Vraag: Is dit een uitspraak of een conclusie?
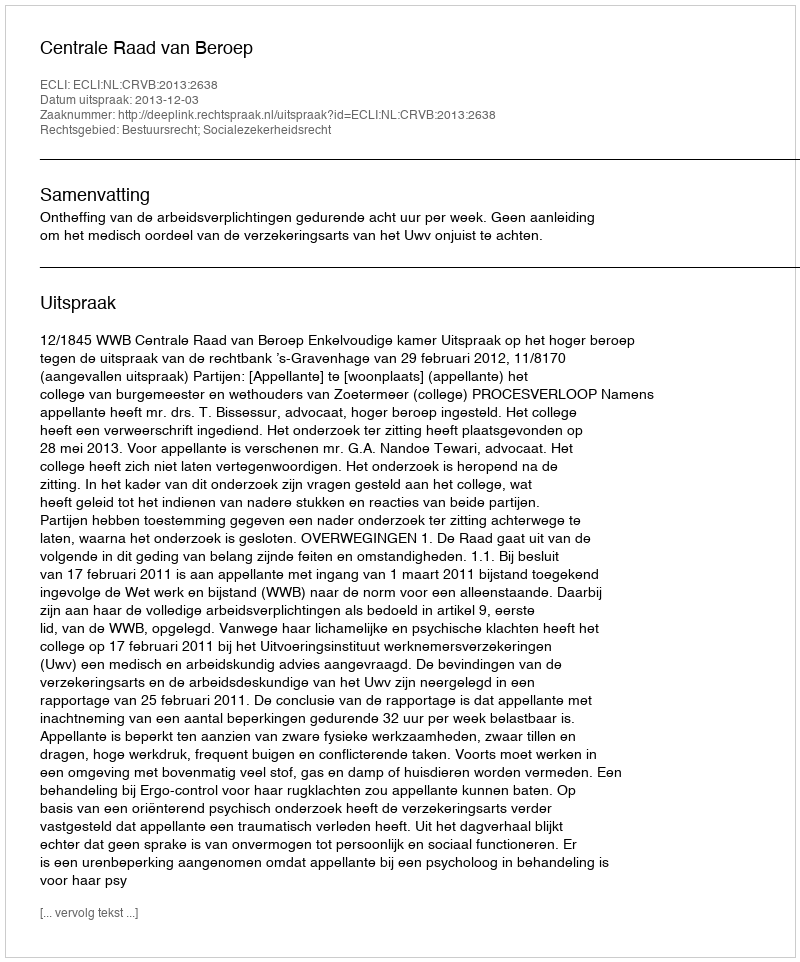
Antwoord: Uitspraak